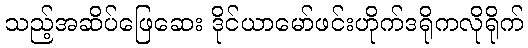
သည့်အဆိပ်ဖြေဆေး ဒိုင်ယာမော်ဖင်းဟိုက်ဒရိုကလိုရိုက်